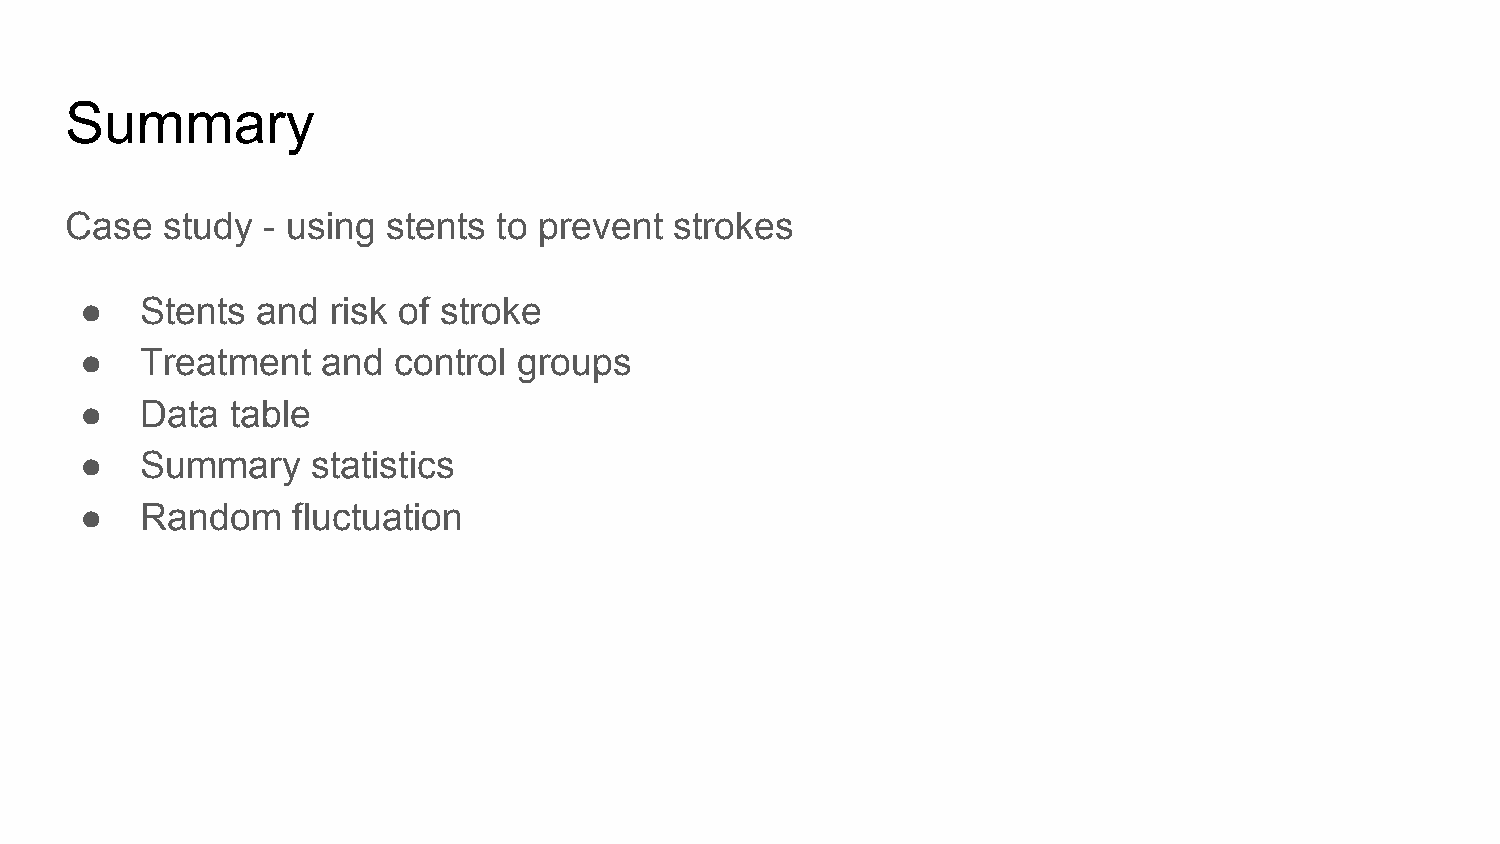
Summary
 Case   study - using  stents to prevent  strokes
 ●   Stents  and  risk of stroke
 ●   Treatment   and  control groups
 ●   Data  table
 ●   Summary     statistics
 ●   Random    fluctuation